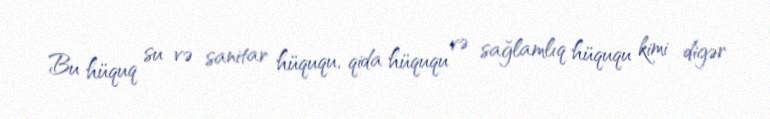
Bu hüquq su və sanitar hüququ, qida hüququ və sağlamlıq hüququ kimi digər